Vaccination North-Western Provinces and Oudh 1878-1895 - 1878-1895
Year: 1878
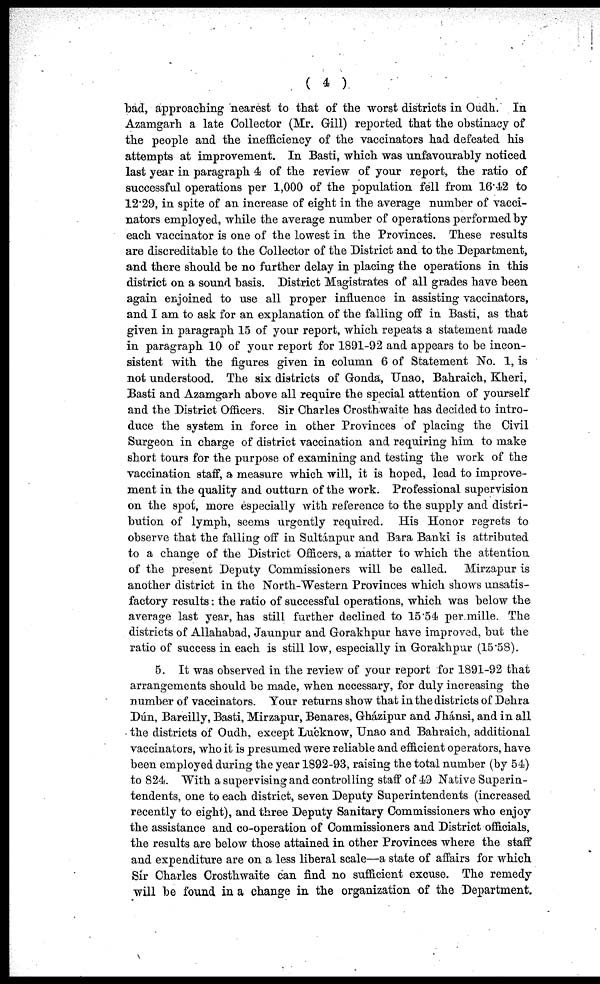
( 4 )
bad, approaching nearest to that of the worst districts in Oudh. In
Azamgarh a late Collector (Mr. Gill) reported that the obstinacy of
the people and the inefficiency of the vaccinators had defeated his
attempts at improvement. In Basti, which was unfavourably noticed
last year in paragraph 4 of the review of your report, the ratio of
successful operations per 1,000 of the population fell from 16.42 to
12.29, in spite of an increase of eight in the average number of vacci-
nators employed, while the average number of operations performed by
each vaccinator is one of the lowest in the Provinces. These results
are discreditable to the Collector of the District and to the Department,
and there should be no further delay in placing the operations in this
district on a sound basis. District Magistrates of all grades have been
again enjoined to use all proper influence in assisting vaccinators,
and I am to ask for an explanation of the falling off in Basti, as that
given in paragraph 15 of your report, which repeats a statement made
in paragraph 10 of your report for 1891-92 and appears to be incon-
sistent with the figures given in column 6 of Statement No. 1, is
not understood. The six districts of Gonda, Unao, Bahraich, Kheri,
Basti and Azamgarh above all require the special attention of yourself
and the District Officers. Sir Charles Crosthwaite has decided to intro-
duce the system in force in other Provinces of placing the Civil
Surgeon in charge of district vaccination and requiring him to make
short tours for the purpose of examining and testing the work of the
vaccination staff, a measure which will, it is hoped, lead to improve-
ment in the quality and outturn of the work. Professional supervision
on the spot, more especially with reference to the supply and distri-
bution of lymph, seems urgently required. His Honor regrets to
observe that the falling off in Sultánpur and Bara Banki is attributed
to a change of the District Officers, a matter to which the attention
of the present Deputy Commissioners will be called. Mirzapur is
another district in the North-Western Provinces which shows unsatis-
factory results: the ratio of successful operations, which was below the
average last year, has still further declined to 15.54 per mille. The
districts of Allahabad, Jaunpur and Gorakhpur have improved, but the
ratio of success in each is still low, especially in Gorakhpur (15.58).
5. It was observed in the review of your report for 1891-92 that
arrangements should be made, when necessary, for duly increasing the
number of vaccinators. Your returns show that in the districts of Dehra
Dún, Bareilly, Basti, Mirzapur, Benares, Gházipur and Jhánsi, and in all
the districts of Oudh, except Lucknow, Unao and Bahraich, additional
vaccinators, who it is presumed were reliable and efficient operators, have
been employed during the year 1892-93, raising the total number (by 54)
to 824. With a supervising and controlling staff of 49 Native Superin-
tendents, one to each district, seven Deputy Superintendents (increased
recently to eight), and three Deputy Sanitary Commissioners who enjoy
the assistance and co-operation of Commissioners and District officials,
the results are below those attained in other Provinces where the staff
and expenditure are on a less liberal scale—a state of affairs for which
Sir Charles Crosthwaite can find no sufficient excuse. The remedy
will be found in a change in the organization of the Department.